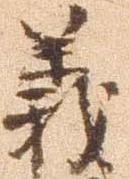
義